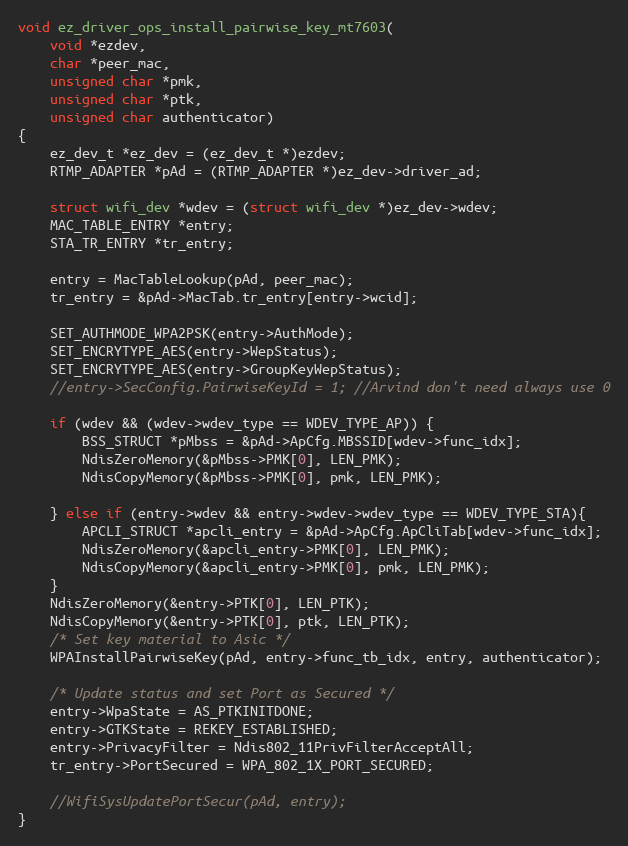
Language: C
void ez_driver_ops_install_pairwise_key_mt7603(
	void *ezdev,
	char *peer_mac,
	unsigned char *pmk,
	unsigned char *ptk,
	unsigned char authenticator)
{
	ez_dev_t *ez_dev = (ez_dev_t *)ezdev;
	RTMP_ADAPTER *pAd = (RTMP_ADAPTER *)ez_dev->driver_ad;

	struct wifi_dev *wdev = (struct wifi_dev *)ez_dev->wdev;
	MAC_TABLE_ENTRY *entry;
	STA_TR_ENTRY *tr_entry;

	entry = MacTableLookup(pAd, peer_mac);
	tr_entry = &pAd->MacTab.tr_entry[entry->wcid];

	SET_AUTHMODE_WPA2PSK(entry->AuthMode);
	SET_ENCRYTYPE_AES(entry->WepStatus);
	SET_ENCRYTYPE_AES(entry->GroupKeyWepStatus);
	//entry->SecConfig.PairwiseKeyId = 1; //Arvind don't need always use 0

	if (wdev && (wdev->wdev_type == WDEV_TYPE_AP)) {
		BSS_STRUCT *pMbss = &pAd->ApCfg.MBSSID[wdev->func_idx];
		NdisZeroMemory(&pMbss->PMK[0], LEN_PMK);
		NdisCopyMemory(&pMbss->PMK[0], pmk, LEN_PMK);

	} else if (entry->wdev && entry->wdev->wdev_type == WDEV_TYPE_STA){
		APCLI_STRUCT *apcli_entry = &pAd->ApCfg.ApCliTab[wdev->func_idx];
		NdisZeroMemory(&apcli_entry->PMK[0], LEN_PMK);
		NdisCopyMemory(&apcli_entry->PMK[0], pmk, LEN_PMK);
	}
	NdisZeroMemory(&entry->PTK[0], LEN_PTK);
	NdisCopyMemory(&entry->PTK[0], ptk, LEN_PTK);
	/* Set key material to Asic */
	WPAInstallPairwiseKey(pAd, entry->func_tb_idx, entry, authenticator);

	/* Update status and set Port as Secured */
	entry->WpaState = AS_PTKINITDONE;
	entry->GTKState = REKEY_ESTABLISHED;
	entry->PrivacyFilter = Ndis802_11PrivFilterAcceptAll;
	tr_entry->PortSecured = WPA_802_1X_PORT_SECURED;

	//WifiSysUpdatePortSecur(pAd, entry);
}